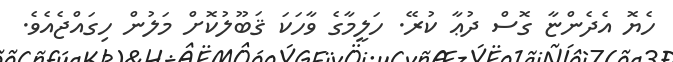
ހެޔޮ އެދެންޏާ ގޮސް ދުޢާ ކުރޭ. ހަލީމާގެ ވާހަކަ ޤަބޫލުކޮށް މަލުން ހިގައްޖެއެވެ.